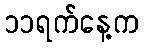
၁၁ရက်နေ့က